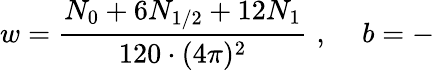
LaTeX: w=\frac{N_{0}+6N_{1/2}+12N_{1}}{120\cdot(4\pi)^{2}}\, \, ,\, \, \, \, \, \, \, b=-\,